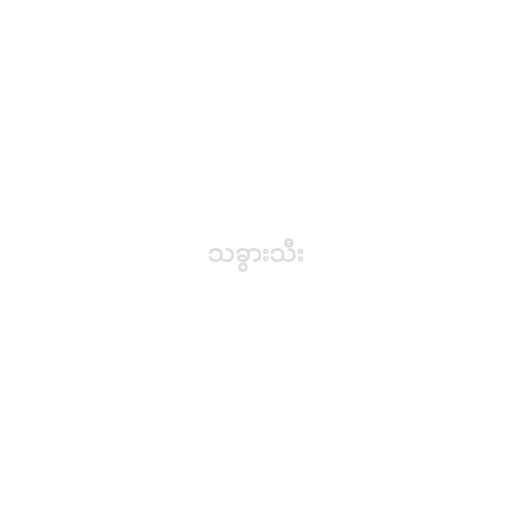
သခွားသီး